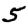
Digit: 5